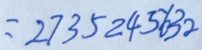
= 2 7 3 5 2 4 5 6 3 2